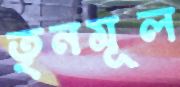
তৃনমূল